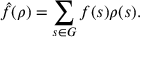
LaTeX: { \hat { f } } ( \rho ) = \sum _ { s \in G } f ( s ) \rho ( s ) .